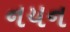
નયન